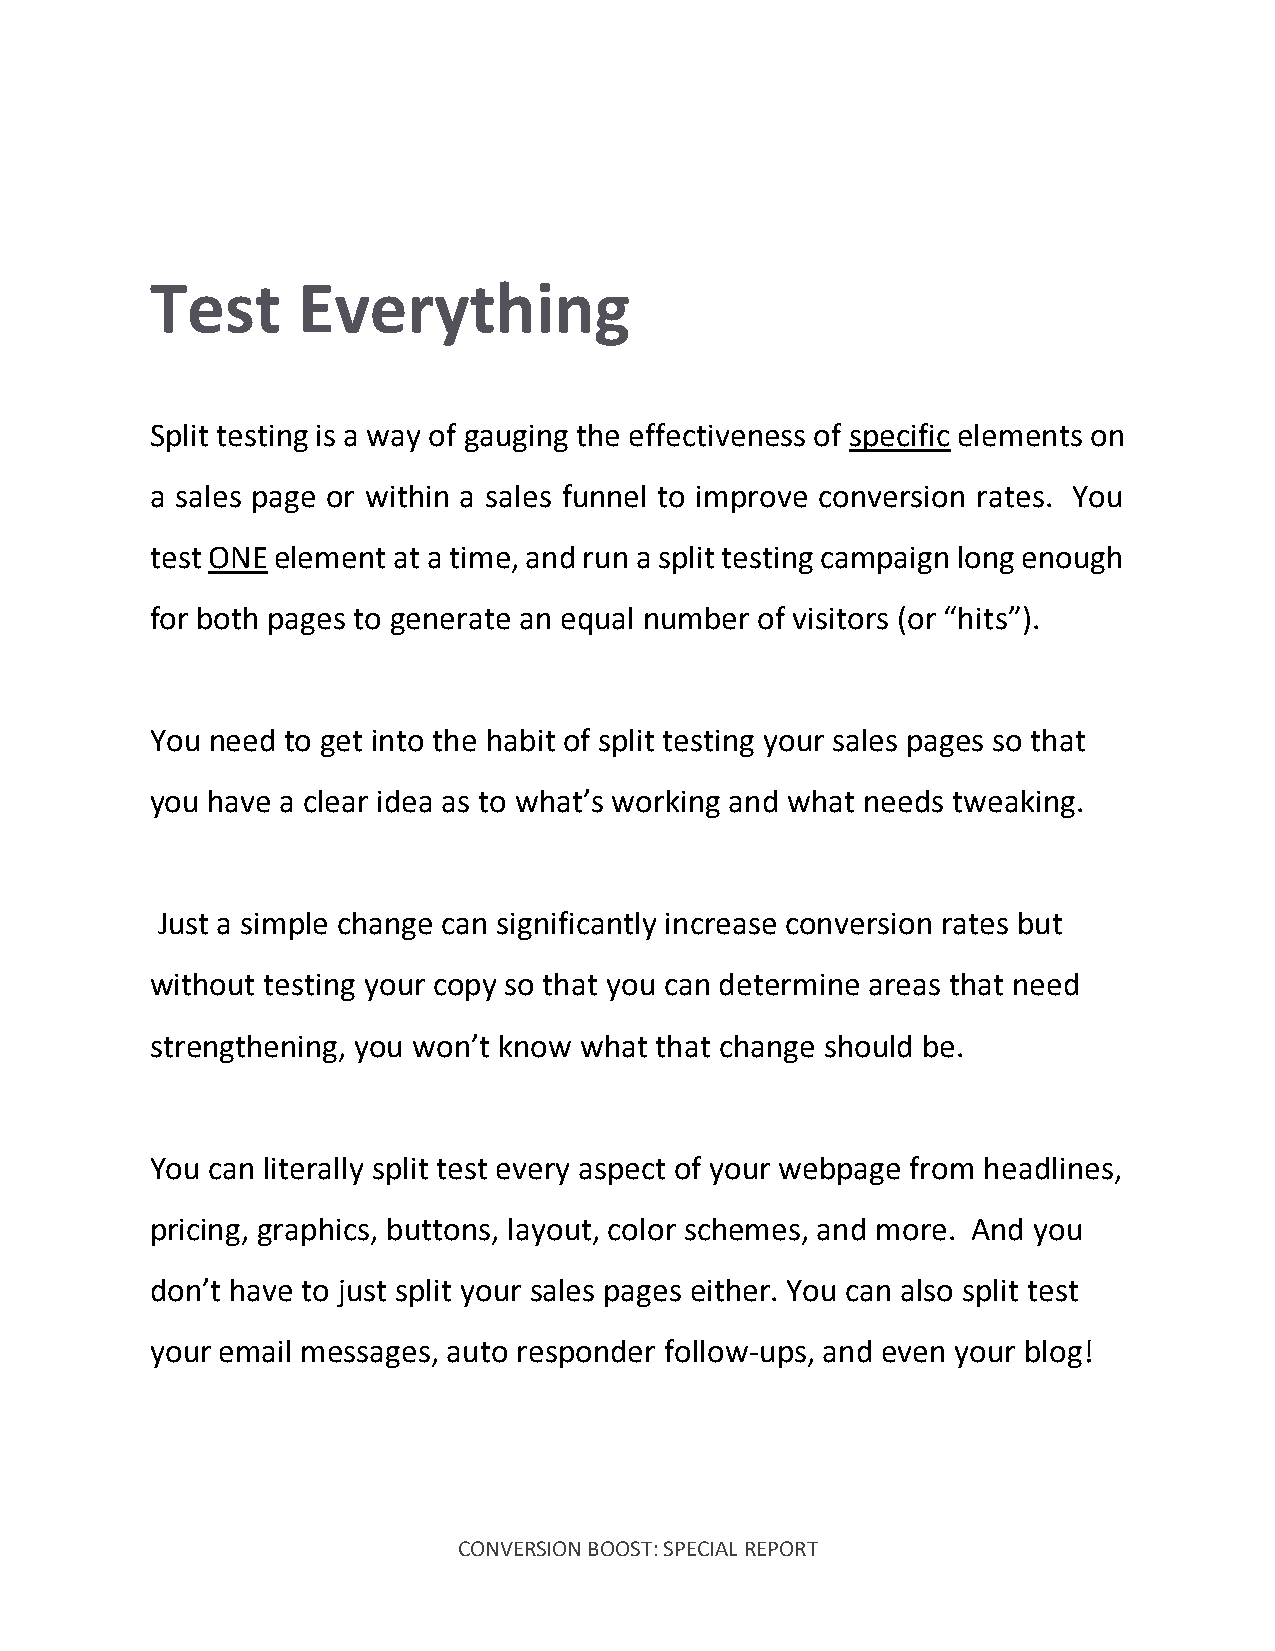
Test      Everything
 Split testing is a way of gauging the effectiveness of specific elements on
 a sales page or within a sales funnel to improve conversion rates. You
 test ONE element at a time, and run a split testing campaign long enough
 for both pages to generate an equal number of visitors (or “hits”).
 You need to get into the habit of split testing your sales pages so that
 you have a clear idea as to what’s working and what needs tweaking.
 Just a simple change can significantly increase conversion rates but
 without testing your copy so that you can determine areas that need
 strengthening, you won’t know what that change should be.
 You can literally split test every aspect of your webpage from headlines,
 pricing, graphics, buttons, layout, color schemes, and more. And you
 don’t have to just split your sales pages either. You can also split test
 your email messages, auto responder follow-ups, and even your blog!
 CONVERSION BOOST: SPECIAL REPORT